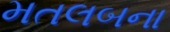
મતલબના